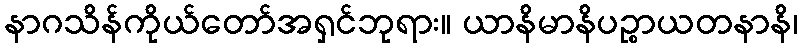
နာဂသိန်ကိုယ်တော်အရှင်ဘုရား။ ယာနိမာနိပဉ္စာယတနာနိ၊